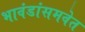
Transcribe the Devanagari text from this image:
भावंडांसमवेत